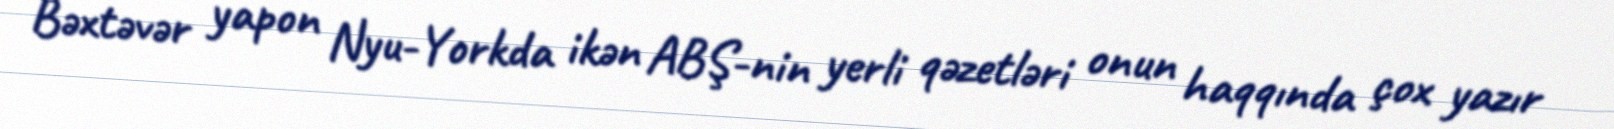
Bəxtəvər yapon Nyu-Yorkda ikən ABŞ-nin yerli qəzetləri onun haqqında çox yazır